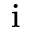
_ \mathrm { i }